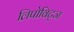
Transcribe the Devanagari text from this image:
लिपोविट्ज